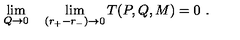
\lim _ { Q \rightarrow 0 } \quad \lim _ { ( r _ { + } - r _ { - } ) \rightarrow 0 } T ( P , Q , M ) = 0 \ .